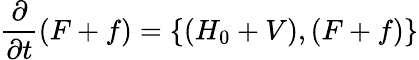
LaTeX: \frac{\partial}{\partial t}\left(F+f\right)=\left\{ \left(H_{0}+V\right),\left(F+f\right)\right\}